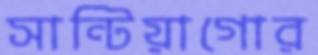
সান্টিয়াগোর